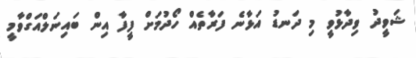
ޝަވީދު ވިދާޅުވީ މި ދަނޑު އަޅާނެ ފަރާތެއް ހޯދުމަށް ފީފާ އިން ބައިނަލްއަގްވާމީ